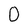
Character: 0